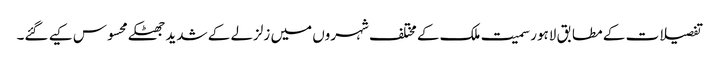
تفصیلات کے مطابق لاہور سمیت ملک کے مختلف شہروں میں زلزلے کے شدید جھٹکے محسوس کیے گئے۔